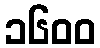
၁၆၀၀